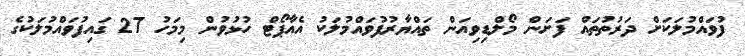
ފުވައްމުލަކަށް ދަރުތުތައް ފަށަން މޯލްޑިވިއަން ތައްޔާރުފުވައްމުލަކު އެއާޕޯޓް ހުޅުވުން މިމަހު 27 ގައިފުވައްމުލަކުގެ